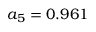
a _ { 5 } = 0 . 9 6 1